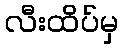
လီးထိပ်မှ